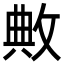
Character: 敟